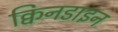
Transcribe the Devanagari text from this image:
क्विनडाइन